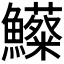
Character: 𩽃